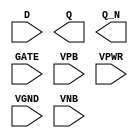
/**
 * Copyright 2020 The SkyWater PDK Authors
 *
 * Licensed under the Apache License, Version 2.0 (the "License");
 * you may not use this file except in compliance with the License.
 * You may obtain a copy of the License at
 *
 *     https://www.apache.org/licenses/LICENSE-2.0
 *
 * Unless required by applicable law or agreed to in writing, software
 * distributed under the License is distributed on an "AS IS" BASIS,
 * WITHOUT WARRANTIES OR CONDITIONS OF ANY KIND, either express or implied.
 * See the License for the specific language governing permissions and
 * limitations under the License.
 *
 * SPDX-License-Identifier: Apache-2.0
 */

`ifndef SKY130_FD_SC_HD__DLXBP_PP_SYMBOL_V
`define SKY130_FD_SC_HD__DLXBP_PP_SYMBOL_V

/**
 * dlxbp: Delay latch, non-inverted enable, complementary outputs.
 *
 * Verilog stub (with power pins) for graphical symbol definition
 * generation.
 *
 * WARNING: This file is autogenerated, do not modify directly!
 */

`timescale 1ns / 1ps
`default_nettype none

(* blackbox *)
module sky130_fd_sc_hd__dlxbp (
    //# {{data|Data Signals}}
    input  D   ,
    output Q   ,
    output Q_N ,

    //# {{clocks|Clocking}}
    input  GATE,

    //# {{power|Power}}
    input  VPB ,
    input  VPWR,
    input  VGND,
    input  VNB
);
endmodule

`default_nettype wire
`endif  // SKY130_FD_SC_HD__DLXBP_PP_SYMBOL_V